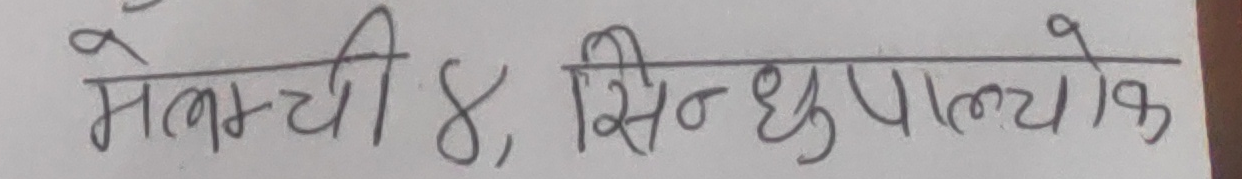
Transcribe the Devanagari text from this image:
मेलम्ची ४, सिन्धुपाल्चोक